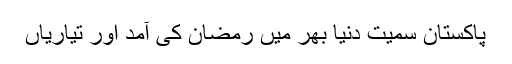
پاکستان سمیت دنیا بھر میں رمضان کی آمد اور تیاریاں